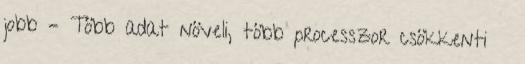
jobb – Több adat növeli, több processzor csökkenti ●